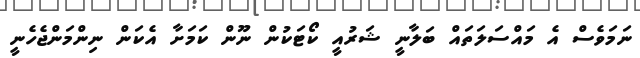
ނަމަވެސް އެ މައްސަލަތައް ބަލާނީ ޝަރުއީ ކޯޓަކުން ނޫން ކަމަށާ އެކަން ނިންމަންޖެހެނީ